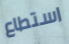
استطاع